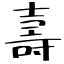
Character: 壽